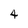
Character: 4